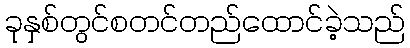
ခုနှစ်တွင်စတင်တည်ထောင်ခဲ့သည်